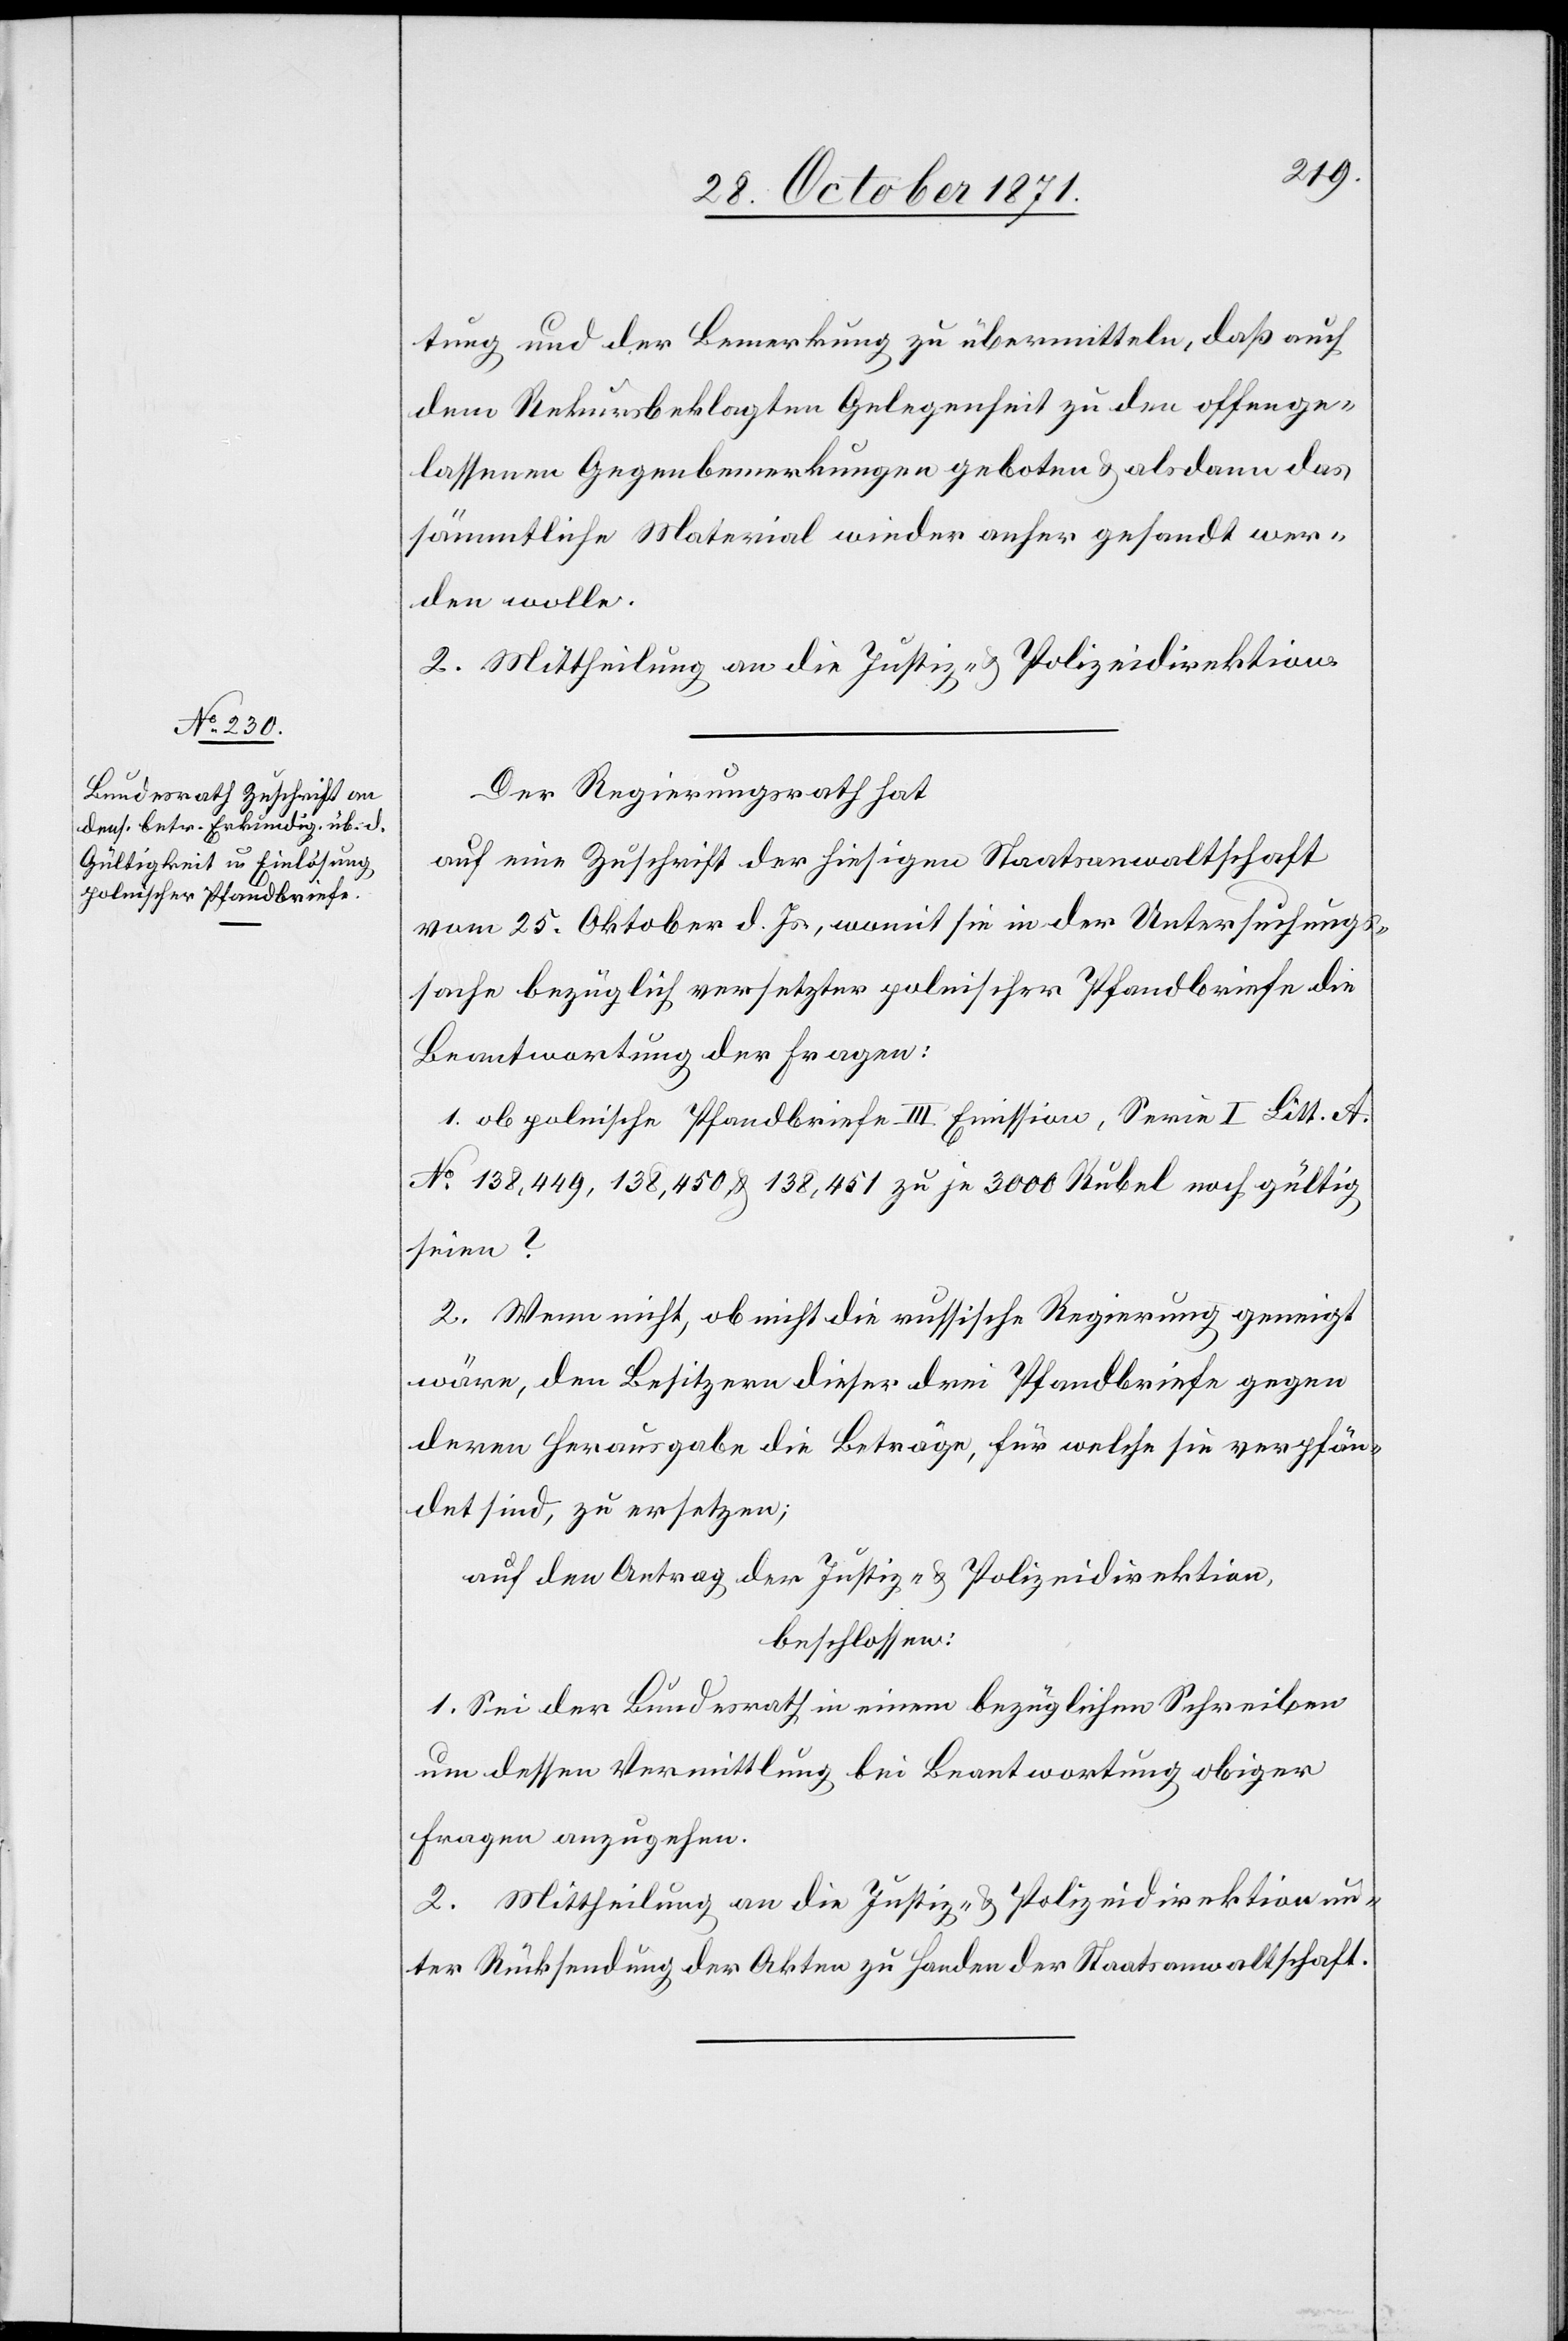
tung und der Bemerkung zu übermitteln, daß auch
dem Rekursbeklagten Gelegenheit zu den offenge¬
lassenen Gegenbemerkungen geboten & als dann das
sämmtliche Material wieder anher gesandt wer¬
den wolle.
2. Mittheilung an die Justiz- & Polizeidirektion.
Der Regierungsrath hat
auf eine Zuschrift der hiesigen Staatsanwaltschaft
vom 25. Oktober d. Js., womit sie in der Untersuchungs¬
sache bezüglich versetzter polnischer Pfandbriefe die
Beantwortung der Fragen:
1. ob polnische Pfandbriefe III. Emission, Serie I Litt. A.
No 138,449, 138,450 & 138,451 zu je 3000 Rubel noch gültig
seien?
2. Wenn nicht, ob nicht die russische Regierung geneigt
wäre, den Besitzern dieser drei Pfandbriefe gegen
deren Herausgabe die Beträge, für welche sie verpfän¬
det sind, zu ersetzen;
auf den Antrag der Justiz- & Polizeidirektion,
beschlossen:
1. Sei der Bundesrath in einem bezüglichen Schreiben
um dessen Vermittlung bei Beantwortung obiger
Fragen anzugehen.
2. Mittheilung an die Justiz- & Polizeidirektion un¬
ter Rücksendung der Akten zu Handen der Staatsanwaltschaft.